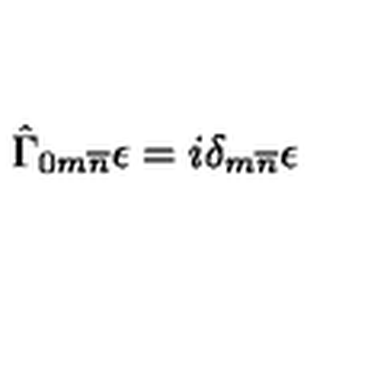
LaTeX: \hat { \Gamma } _ { 0 m \overline { { n } } } \epsilon = i \delta _ { m \overline { { n } } } \epsilon